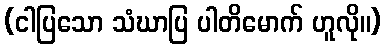
(ငါပြသော သံဃာပြ ပါတိမောက် ဟူလို။)